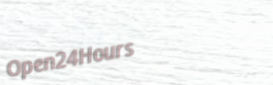
Open24Hours